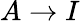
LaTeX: A\to I